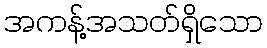
အကန့်အသတ်ရှိသော